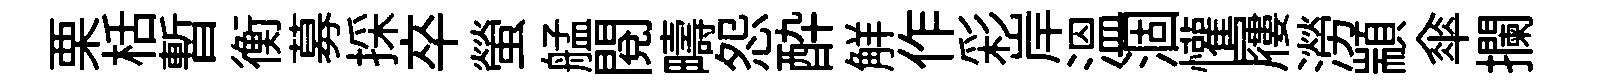
栗栝暫衡募採卒螢艋閱疇怨酔觧作彩岸溫涸懽屨澇顓傘攔